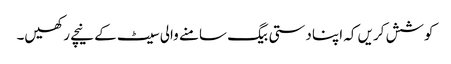
کوشش کریں کہ اپنا دستی بیگ سامنے والی سیٹ کے نیچے رکھیں۔